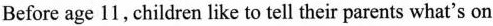
Before age 11, children like to tell their parents what's on